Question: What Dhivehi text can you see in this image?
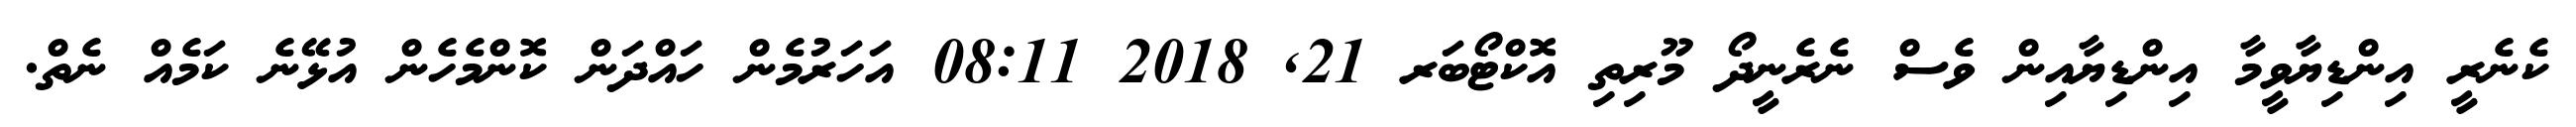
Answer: ކެނެރީ އިންޑިޔާވީމާ އިންޑިޔާއިން ވެސް ނެރެނީދޯ މޫރިތި އޮކްޓޯބަރ 21, 2018 08:11 އަހަރުމެން ހައްދަން ކޮންމެހެން އުޅޭނެ ކަމެއް ނެތް.